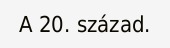
A 20. század.